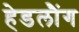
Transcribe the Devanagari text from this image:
हेडलौंग